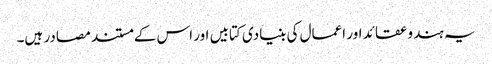
یہ ہندو عقائد اور اعمال کی بنیادی کتابیں اور اس کے مستند مصادر ہیں۔